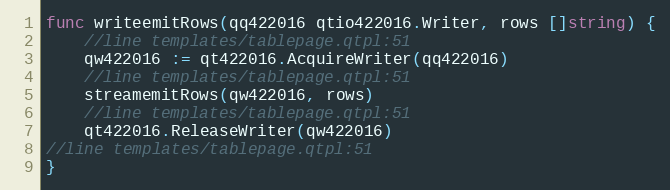
Language: Go
func writeemitRows(qq422016 qtio422016.Writer, rows []string) {
	//line templates/tablepage.qtpl:51
	qw422016 := qt422016.AcquireWriter(qq422016)
	//line templates/tablepage.qtpl:51
	streamemitRows(qw422016, rows)
	//line templates/tablepage.qtpl:51
	qt422016.ReleaseWriter(qw422016)
//line templates/tablepage.qtpl:51
}